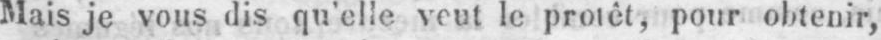
Mais je vous dis qu’elle veut le protêt, pour obtenir,